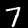
Label: 7